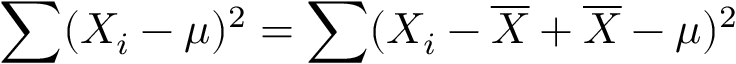
\sum ( X _ { i } - \mu ) ^ { 2 } = \sum ( X _ { i } - { \overline { { X } } } + { \overline { { X } } } - \mu ) ^ { 2 }